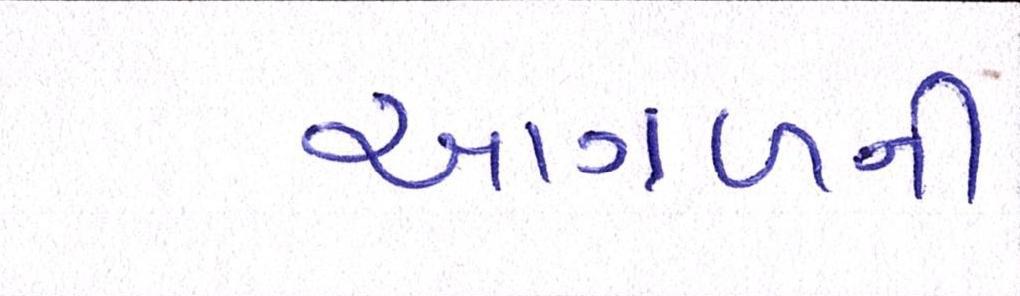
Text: આગળની